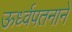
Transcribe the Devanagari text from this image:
ऊर्ध्वपतनाने